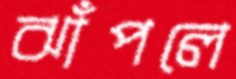
ঝাঁপলে